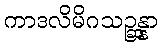
ကာဒလိမိဂသဉ္ဆန္နာ